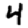
Digit: 4